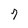
Character: 7